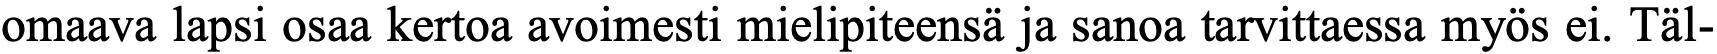
omaava lapsi osaa kertoa avoimesti mielipiteensä ja sanoa tarvittaessa myös ei. Täl-